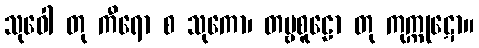
သုဝေါ တု ကီရော စ သုကော၊ တမ္ဗစူဠော တု ကုက္ကုဋော။